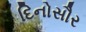
દિનોસૌર